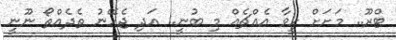
ޓްރޫ.. މަށަށް ހީވާ އެއްޗެއް މި ބުނީ.. އަދި ޖެހޭނު ތެދެއްތޯ ނޫނީ